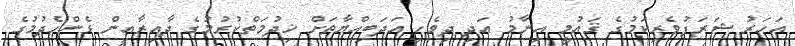
އަހަރު ޝަރަފުވެރިކަމުގެ ޤައުމީ އިނާމު އަދި ދިވެހި އަދަބިއްޔާތަށް ޚިދުމަތްކުރުމުގެ ދާއިރާއިން ޅެންހެދުމުގެ